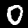
Label: 0